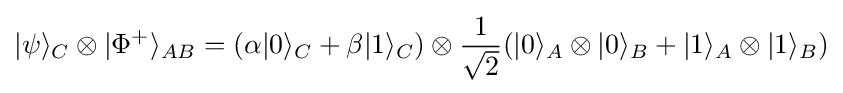
|\psi \rangle _{C}\otimes |\Phi ^{+}\rangle _{AB}=(\alpha |0\rangle _{C}+\beta |1\rangle _{C})\otimes {\frac {1}{\sqrt {2}}}(|0\rangle _{A}\otimes |0\rangle _{B}+|1\rangle _{A}\otimes |1\rangle _{B})